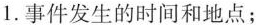
1.事件发生的时间和地点；